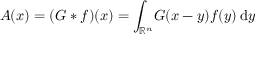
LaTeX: A ( x ) = ( G * f ) ( x ) = \int _ { \mathbb { R } ^ { n } } \! G ( x - y ) f ( y ) \, \mathrm { d } y